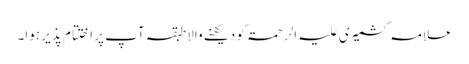
علامہ کشمیری علیہ الرحمۃ کو دیکھنے والا طبقہ آپ پر اختتام پذیر ہوا۔